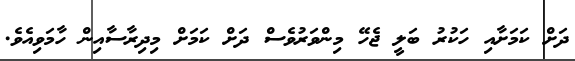
ދަށް ކަމަށާއި ހަކުރު ބަލީ ޖެހޭ މިންވަރުވެސް ދަށް ކަމަށް މިދިރާސާއިން ހާމަވިއެވެ.